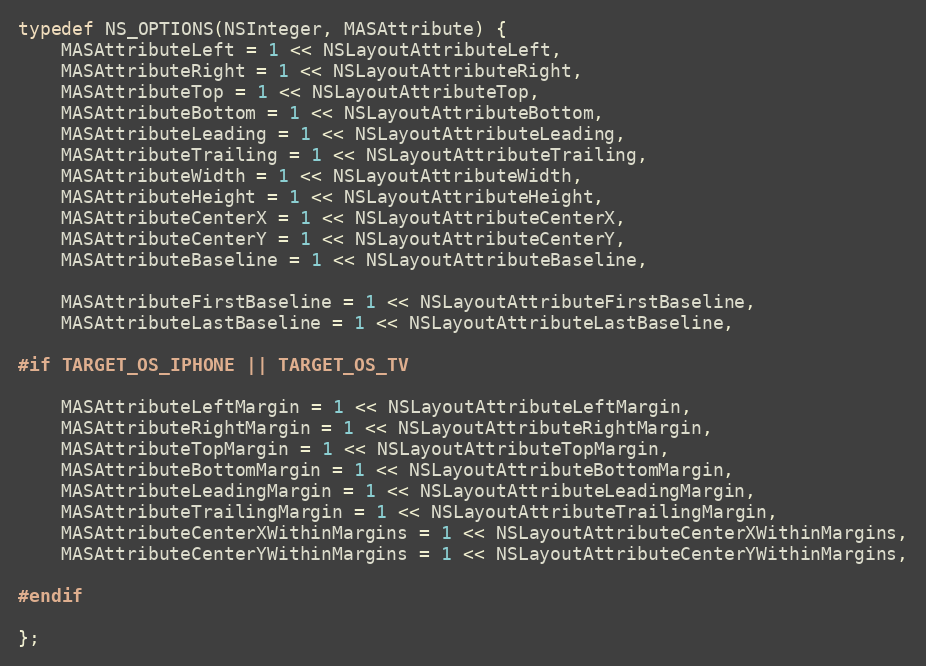
Language: C
typedef NS_OPTIONS(NSInteger, MASAttribute) {
    MASAttributeLeft = 1 << NSLayoutAttributeLeft,
    MASAttributeRight = 1 << NSLayoutAttributeRight,
    MASAttributeTop = 1 << NSLayoutAttributeTop,
    MASAttributeBottom = 1 << NSLayoutAttributeBottom,
    MASAttributeLeading = 1 << NSLayoutAttributeLeading,
    MASAttributeTrailing = 1 << NSLayoutAttributeTrailing,
    MASAttributeWidth = 1 << NSLayoutAttributeWidth,
    MASAttributeHeight = 1 << NSLayoutAttributeHeight,
    MASAttributeCenterX = 1 << NSLayoutAttributeCenterX,
    MASAttributeCenterY = 1 << NSLayoutAttributeCenterY,
    MASAttributeBaseline = 1 << NSLayoutAttributeBaseline,

    MASAttributeFirstBaseline = 1 << NSLayoutAttributeFirstBaseline,
    MASAttributeLastBaseline = 1 << NSLayoutAttributeLastBaseline,

#if TARGET_OS_IPHONE || TARGET_OS_TV

    MASAttributeLeftMargin = 1 << NSLayoutAttributeLeftMargin,
    MASAttributeRightMargin = 1 << NSLayoutAttributeRightMargin,
    MASAttributeTopMargin = 1 << NSLayoutAttributeTopMargin,
    MASAttributeBottomMargin = 1 << NSLayoutAttributeBottomMargin,
    MASAttributeLeadingMargin = 1 << NSLayoutAttributeLeadingMargin,
    MASAttributeTrailingMargin = 1 << NSLayoutAttributeTrailingMargin,
    MASAttributeCenterXWithinMargins = 1 << NSLayoutAttributeCenterXWithinMargins,
    MASAttributeCenterYWithinMargins = 1 << NSLayoutAttributeCenterYWithinMargins,

#endif

};